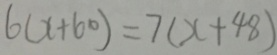
6 ( x + 6 0 ) = 7 ( x + 4 8 )